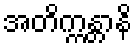
အတိက္ကန္တာနိ